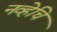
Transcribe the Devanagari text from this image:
नव्हेचि